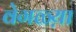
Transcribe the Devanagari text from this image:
वेगळ्य़ा